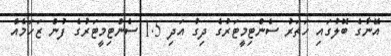
އޭނާގެ ބޮލުގައި ހަތަރު ސެންޓިމީޓަރުގެ ދިގު އަދި 1.5 ސެންޓިމީޓަރުގެ ފުން ޒަހަމެއް